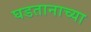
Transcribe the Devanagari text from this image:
घडतानाच्या